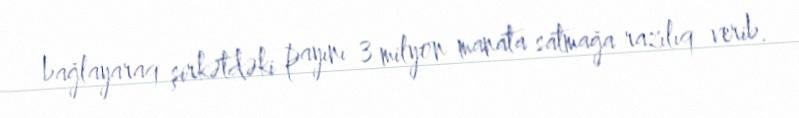
bağlayaraq şirkətdəki payını 3 milyon manata satmağa razılıq verib.